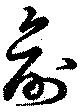
創